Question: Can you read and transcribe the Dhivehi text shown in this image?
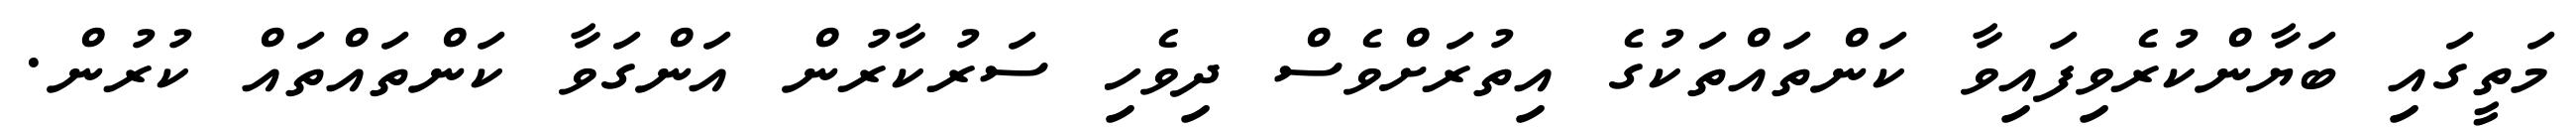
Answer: މަތީގައި ބަޔާންކުރެވިފައިވާ ކަންތައްތަކުގެ އިތުރަށްވެސް ދިވެހި ސަރުކާރުން އަންގަވާ ކަންތައްތައް ކުރުން.